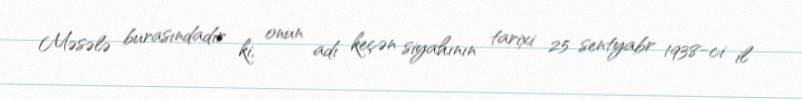
Məsələ burasındadır ki, onun adı keçən siyahının tarixi 25 sentyabr 1938-ci il